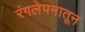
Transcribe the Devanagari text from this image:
रंगलेपनातून